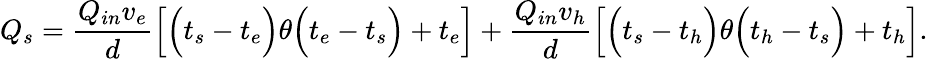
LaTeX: Q_{s}=\frac{Q_{in}v_{e}}{d}\Big[\Big(t_{s}-t_{e}\Big)\theta\Big(t_{e}-t_{s}\Big)+t_{e}\Big]+\frac{Q_{in}v_{h}}{d}\Big[\Big(t_{s}-t_{h}\Big)\theta\Big(t_{h}-t_{s}\Big)+t_{h}\Big].